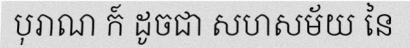
បុរាណ ក៍ ដូចជា សហសម័យ នៃ